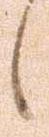
候